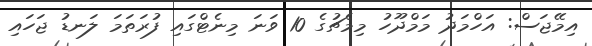
އިމޭޖަސް: އަހްމަދު މަމްދޫހު މިމެޗުގެ 10 ވަނަ މިނެޓްގައި ފުރަތަމަ ލަނޑު ޖަހައި